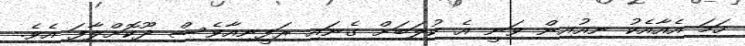
ހަމަ އެއާއެކު ނިއުއިން ވަނީ އެ ކުލަބަށް ގެނައި ރަފީނިއާވެސް ދޫކޮށްލާފަ އެވެ.